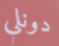
دونلي